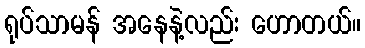
ရုပ်သာမန် အနေနဲ့လည်း ဟောတယ်။